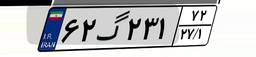
۶۲گ۲۳۱۷۲